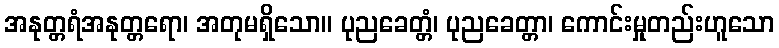
အနုတ္တရံအနုတ္တရော၊ အတုမရှိသော။ ပုညခေတ္တံ၊ ပုညခေတ္တာ၊ ကောင်းမှုတည်းဟူသော